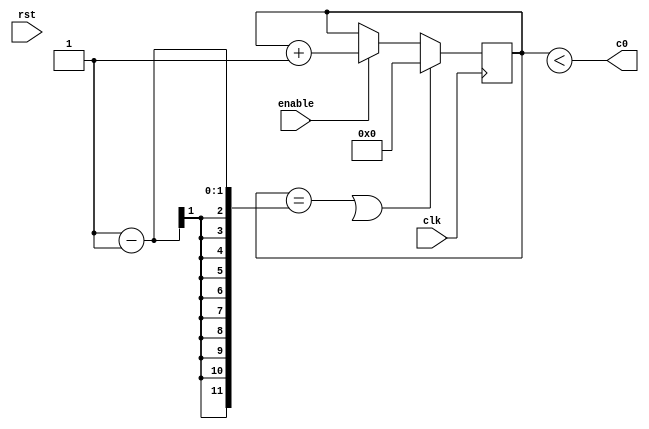
module step_gen
(
    input clk,
    input rst,
    input enable,
    output c0
);
    reg [11:0] count;
    wire [11:0] CONST_TREP;
	wire [11:0] CONST_TSTEP;
    assign CONST_TREP = 12'd4000;  //20ms
	assign CONST_TSTEP = 12'd1200; //6ms
	
    assign cntrl_ts_last = count == CONST_TS - 1'd1;
    assign cntrl_ton = count < CONST_TON;
    
    always@(posedge clk) begin
        if(cntrl_ts_last || reset) begin
            count <= 12'd0;
        end
        else if(enable) count <= count + 1;
    end

    assign c0 = cntrl_ton;

endmodule